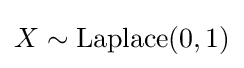
X\sim {\textrm {Laplace}}(0,1)